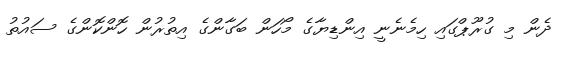
ދެން މި ގުރޫޕްގައި ހިމެނެނީ އިންޑިޔާގެ މޯހަން ބަގާންގެ އިތުރުން ހޮންކޮންގެ ސައުތު